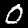
Digit: 0